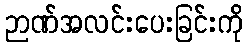
ဉာဏ်အလင်းပေးခြင်းကို